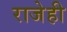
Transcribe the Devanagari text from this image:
राजेही